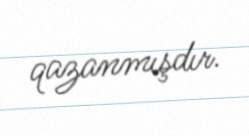
qazanmışdır.